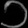
Digit: ၁